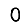
Digit: 0